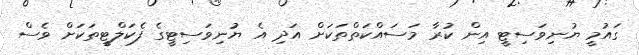
ގައުމީ ޔުނިވަސިޓީ އިން ކުރާ މަަސައްކަތްތަކަށް އަދި އެ ޔުނިވަސިޓީގެ ފެކަލްޓީތަކަށް ވެސް